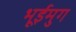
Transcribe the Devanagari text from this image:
भूईमुग